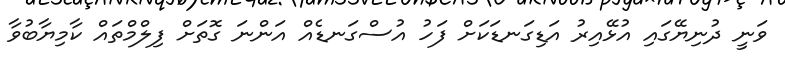
ވަނީ ދުނިޔޭގައި އުޅޭއިރު އަޑިގަނޑަކަށް ފަހު އުސްގަނޑެއް އަންނަ ގޮތަށް ފިލްމްތައް ކާމިޔާބުވާ